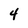
Character: 4